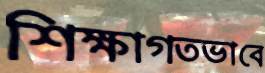
শিক্ষাগতভাবে